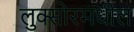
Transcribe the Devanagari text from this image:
लुक्सोरमधील